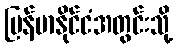
မြန်မာနိုင်ငံအတွင်းသို့